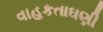
વાહકતાઘણી